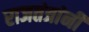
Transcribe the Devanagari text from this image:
राजतंत्रांनी